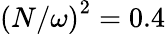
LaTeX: \left(N/\omega\right)^{2}=0.4